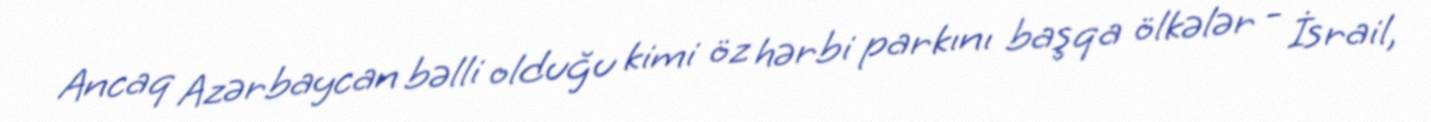
Ancaq Azərbaycan bəlli olduğu kimi öz hərbi parkını başqa ölkələr - İsrail,